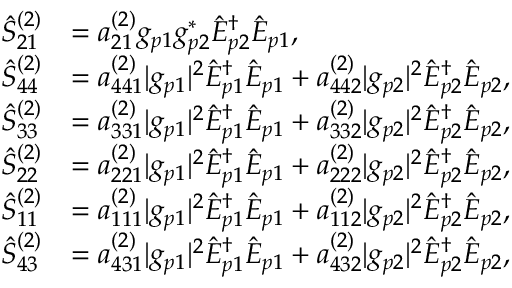
\begin{array} { r l } { \hat { S } _ { 2 1 } ^ { ( 2 ) } } & { = a _ { 2 1 } ^ { ( 2 ) } g _ { p 1 } g _ { p 2 } ^ { \ast } \hat { E } _ { p 2 } ^ { \dagger } \hat { E } _ { p 1 } , } \\ { \hat { S } _ { 4 4 } ^ { ( 2 ) } } & { = a _ { 4 4 1 } ^ { ( 2 ) } | g _ { p 1 } | ^ { 2 } \hat { E } _ { p 1 } ^ { \dagger } \hat { E } _ { p 1 } + a _ { 4 4 2 } ^ { ( 2 ) } | g _ { p 2 } | ^ { 2 } \hat { E } _ { p 2 } ^ { \dagger } \hat { E } _ { p 2 } , } \\ { \hat { S } _ { 3 3 } ^ { ( 2 ) } } & { = a _ { 3 3 1 } ^ { ( 2 ) } | g _ { p 1 } | ^ { 2 } \hat { E } _ { p 1 } ^ { \dagger } \hat { E } _ { p 1 } + a _ { 3 3 2 } ^ { ( 2 ) } | g _ { p 2 } | ^ { 2 } \hat { E } _ { p 2 } ^ { \dagger } \hat { E } _ { p 2 } , } \\ { \hat { S } _ { 2 2 } ^ { ( 2 ) } } & { = a _ { 2 2 1 } ^ { ( 2 ) } | g _ { p 1 } | ^ { 2 } \hat { E } _ { p 1 } ^ { \dagger } \hat { E } _ { p 1 } + a _ { 2 2 2 } ^ { ( 2 ) } | g _ { p 2 } | ^ { 2 } \hat { E } _ { p 2 } ^ { \dagger } \hat { E } _ { p 2 } , } \\ { \hat { S } _ { 1 1 } ^ { ( 2 ) } } & { = a _ { 1 1 1 } ^ { ( 2 ) } | g _ { p 1 } | ^ { 2 } \hat { E } _ { p 1 } ^ { \dagger } \hat { E } _ { p 1 } + a _ { 1 1 2 } ^ { ( 2 ) } | g _ { p 2 } | ^ { 2 } \hat { E } _ { p 2 } ^ { \dagger } \hat { E } _ { p 2 } , } \\ { \hat { S } _ { 4 3 } ^ { ( 2 ) } } & { = a _ { 4 3 1 } ^ { ( 2 ) } | g _ { p 1 } | ^ { 2 } \hat { E } _ { p 1 } ^ { \dagger } \hat { E } _ { p 1 } + a _ { 4 3 2 } ^ { ( 2 ) } | g _ { p 2 } | ^ { 2 } \hat { E } _ { p 2 } ^ { \dagger } \hat { E } _ { p 2 } , } \end{array}